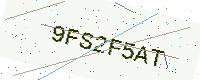
Text: 9FS2F5AT